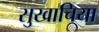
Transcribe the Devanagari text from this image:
सुखाचिया